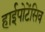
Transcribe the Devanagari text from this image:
हाईपोटेंसिव